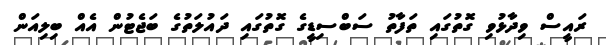
ރައީސް ވިދާޅުވި ގޮތުގައި ތަފާތު ސަބްސިޑީގެ ގޮތުގައި ދައުލަތުގެ ބަޖެޓުން އެއް ބިލިއަން